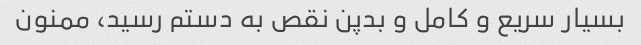
بسیار سریع و کامل و بدپن نقص به دستم رسید، ممنون